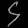
Digit: ၄